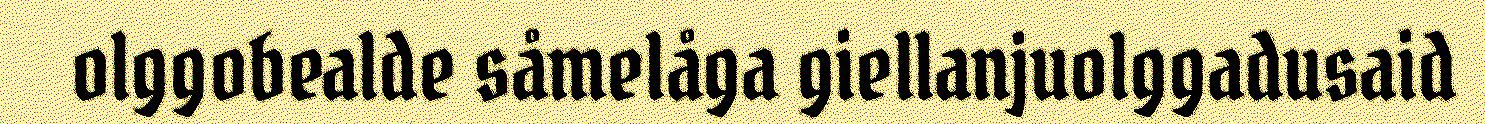
olggobealde såmelåga giellanjuolggadusaid